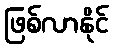
ဖြစ်လာနိုင်